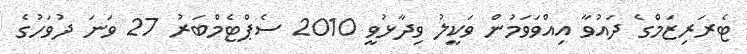
ޓެރަރިޒަމްގެ ދައުވާ އިއްވަވަމުން ވަކީލު ވިދާޅުވީ 2010 ސެޕްޓެމްބަރު 27 ވަނަ ދުވަހުގެ